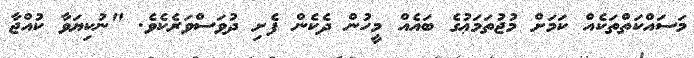
މަސައްކަތްތަކެއް ކަމަށް މުޖުތަމަޢުގެ ބައެއް މީހުން ދެކެން ފެށި ދުވަސްވަރެކެވެ. "ނުކިޔަވާ ކުއްޖާ